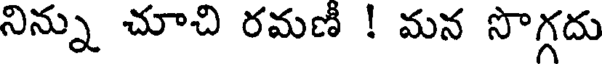
నిన్ను చూచి రమణీ ! మన సొగ్గదు